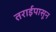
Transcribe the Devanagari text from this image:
तराईपासून